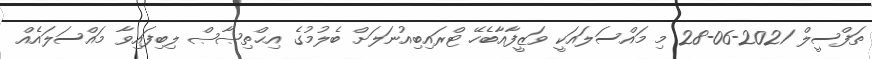
ތަފްސީލް 2021-06-28 މި މައްސަލައަކީ ވަޒީފާއާބެހޭ ޓްރައިބިއުނަލަށް ބެލުމުގެ އިޙްތިޞާޞް ލިބިފައިވާ މައްސަލައެއް